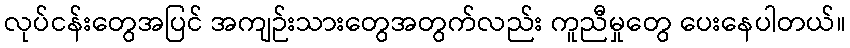
လုပ်ငန်းတွေအပြင် အကျဉ်းသားတွေအတွက်လည်း ကူညီမှုတွေ ပေးနေပါတယ်။